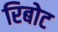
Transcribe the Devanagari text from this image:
रिबोट